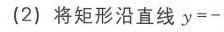
(2) 将矩形沿直线 \(y = -\)